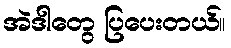
အဲဒါတွေ ပြပေးတယ်။